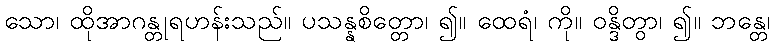
သော၊ ထိုအာဂန္တုရဟန်းသည်။ ပသန္နစိတ္တော၊ ၍။ ထေရံ၊ ကို။ ဝန္ဒိတွာ၊ ၍။ ဘန္တေ၊